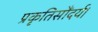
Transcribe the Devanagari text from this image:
प्रकृतिसौंदर्य।